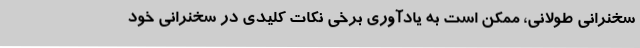
سخنرانی طولانی، ممکن است به یادآوری برخی نکات کلیدی در سخنرانی خود